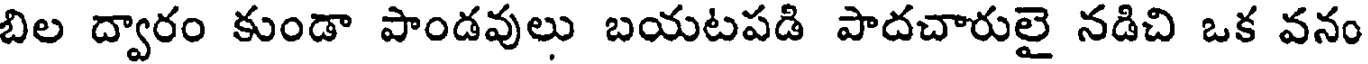
బిల ద్వారం కుండా పాండవులు బయటపడి పాదచారులై నడిచి ఒక వనం